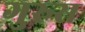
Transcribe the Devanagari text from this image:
गुरुस